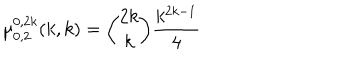
LaTeX: \mu _ { 0 , 2 } ^ { 0 , 2 k } ( k , k ) = { \binom { 2 k } { k } } { \frac { k ^ { 2 k - 1 } } { 4 } }